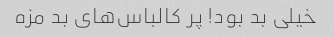
خیلی بد بود! پر کالباس‌های بد مزه